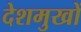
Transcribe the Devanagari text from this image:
देशमुखों